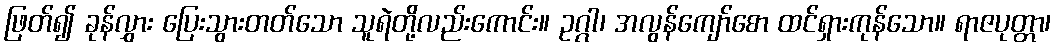
ဖြတ်၍ ခုန်လွှား ပြေးသွားတတ်သော သူရဲတို့လည်းကောင်း။ ဥဂ္ဂါ၊ အလွန်ကျော်စော ထင်ရှားကုန်သော။ ရာဇပုတ္တာ၊